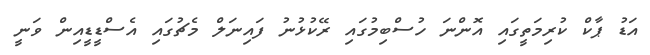
އަޑު ޕާކް ކުރިމަތީގައި އޮންނަ ހުސްބިމުގައި ރޭކުޅުނު ފައިނަލް މެޗުގައި އެސްޑީޑީއިން ވަނީ